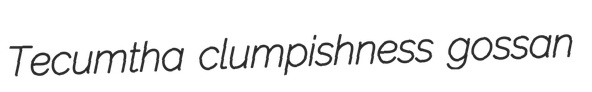
Tecumtha clumpishness gossan